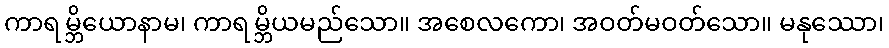
ကာရမ္ဘိယောနာမ၊ ကာရမ္ဘိယမည်သော။ အစေလကော၊ အဝတ်မဝတ်သော။ မနုဿော၊